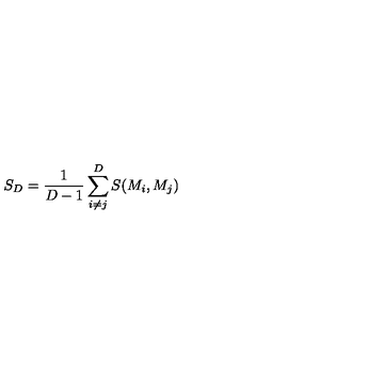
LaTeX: S _ { D } = \frac { 1 } { D - 1 } \sum _ { i \neq j } ^ { D } S ( M _ { i } , M _ { j } )